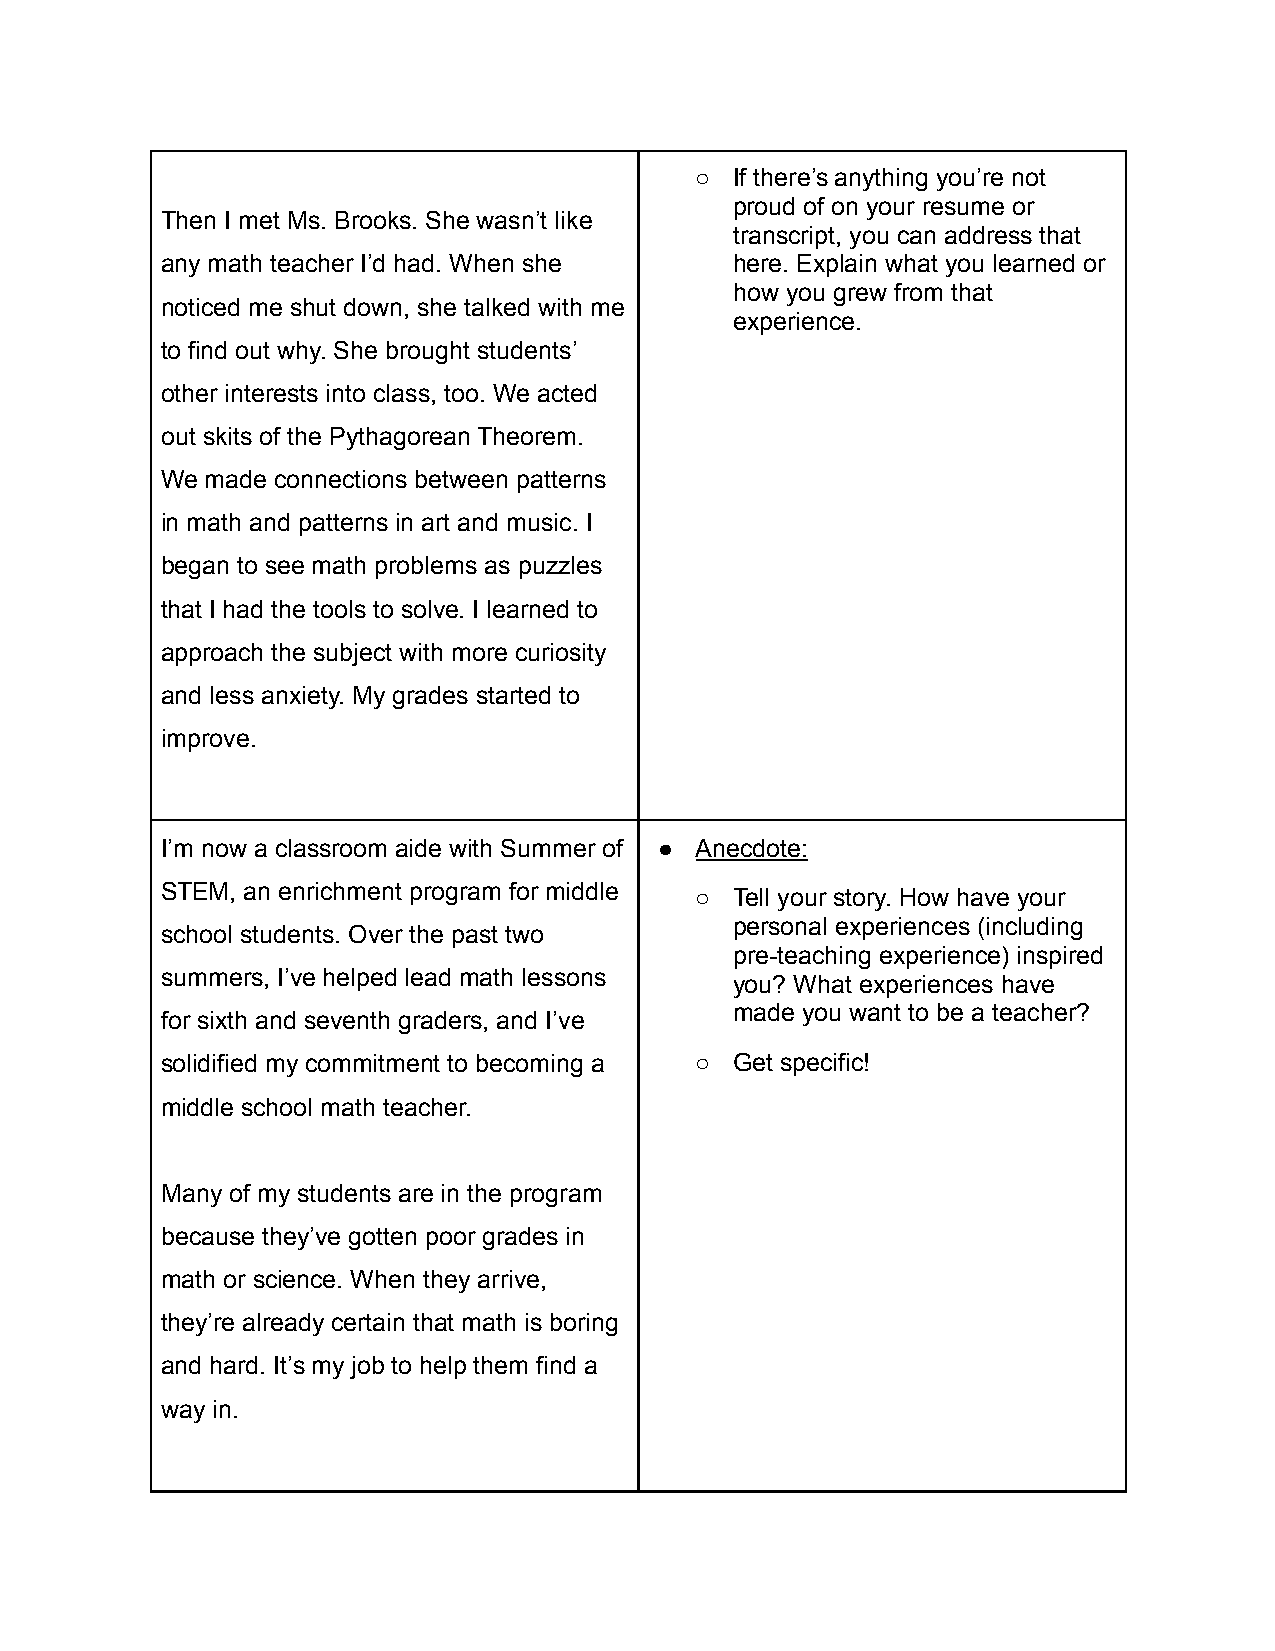
○  If there’s anything you’re not
 proud of on your resume or
 Then I met Ms. Brooks. She wasn’t like
 transcript, you can address that
 any math teacher I’d had. When she    here. Explain what you learned or
 how you grew from that
 noticed me shut down, she talked with me
 experience.
 to find out why. She brought students’
 other interests into class, too. We acted
 out skits of the Pythagorean Theorem.
 We made connections between patterns
 in math and patterns in art and music. I
 began to see math problems as puzzles
 that I had the tools to solve. I learned to
 approach the subject with more curiosity
 and less anxiety. My grades started to
 improve.
 I’m now a classroom aide with Summer of ● Anecdote:
 STEM, an enrichment program for middle
 ○  Tell your story. How have your
 personal experiences (including
 school students. Over the past two
 pre-teaching experience) inspired
 summers, I’ve helped lead math lessons
 you? What experiences have
 made you want to be a teacher?
 for sixth and seventh graders, and I’ve
 solidified my commitment to becoming a ○ Get specific!
 middle school math teacher.
 Many of my students are in the program
 because they’ve gotten poor grades in
 math or science. When they arrive,
 they’re already certain that math is boring
 and hard. It’s my job to help them find a
 way in.